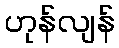
ဟုန်လျန်